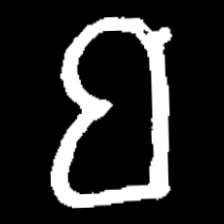
Pyu character \u2014 Myanmar letter: ဗ (romanized: ba)